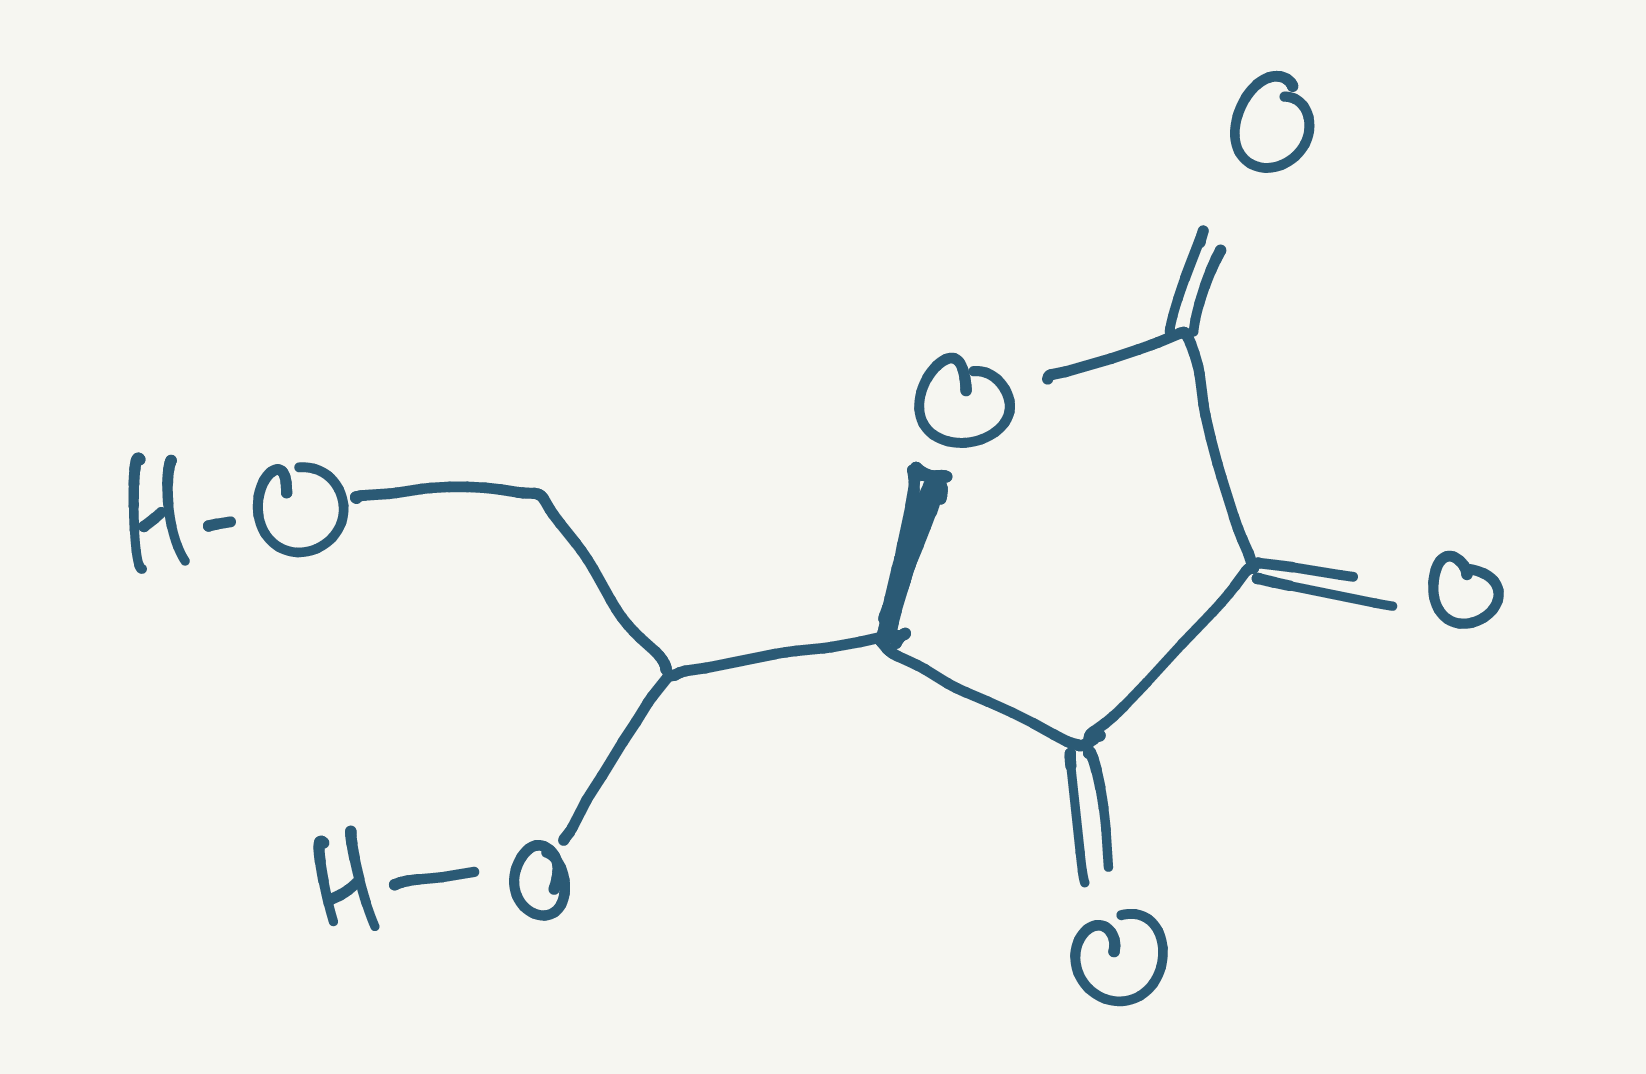
Simplified molecular-input line-entry system (SMILES) notation of the given molecule:
C(C([C@@H]1C(=O)C(=O)C(=O)O1)O)O